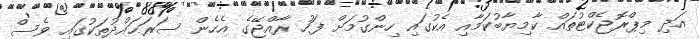
އަދި މިޕްރޮޖެކްޓުތައް ކާމިޔާބުކަމާއި އެކުގައި ހިންގުމަށް ފަހު ރާއްޖޭގެ އެހެން ސަރަޙައްދުތަކުގައި ވެސް